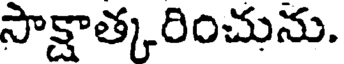
సాక్షాత్కరించును.